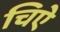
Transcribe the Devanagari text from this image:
चिऐ